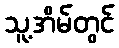
သူ့အိမ်တွင်